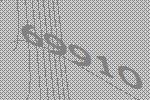
69910